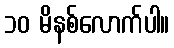
၁၀ မိနစ်လောက်ပါ။